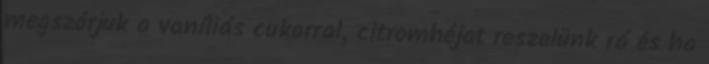
megszórjuk a vaníliás cukorral, citromhéjat reszelünk rá és ha